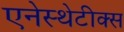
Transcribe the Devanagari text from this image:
एनेस्थेटीक्स